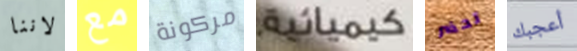
لاننا مع مركونة كيميائية. تحضر أعجبك